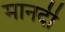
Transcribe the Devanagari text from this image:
मानदी